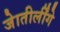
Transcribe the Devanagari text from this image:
जेातीर्लींगे